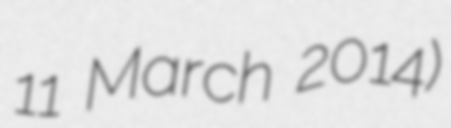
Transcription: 11 March 2014)